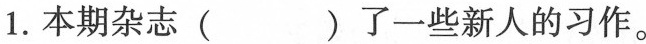
1.本期杂志( )了一些新人的习作。